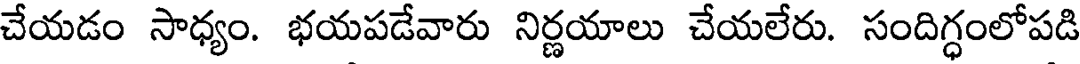
చేయడం సాధ్యం. భయపడేవారు నిర్ణయాలు చేయలేరు. సందిగ్ధంలోపడి